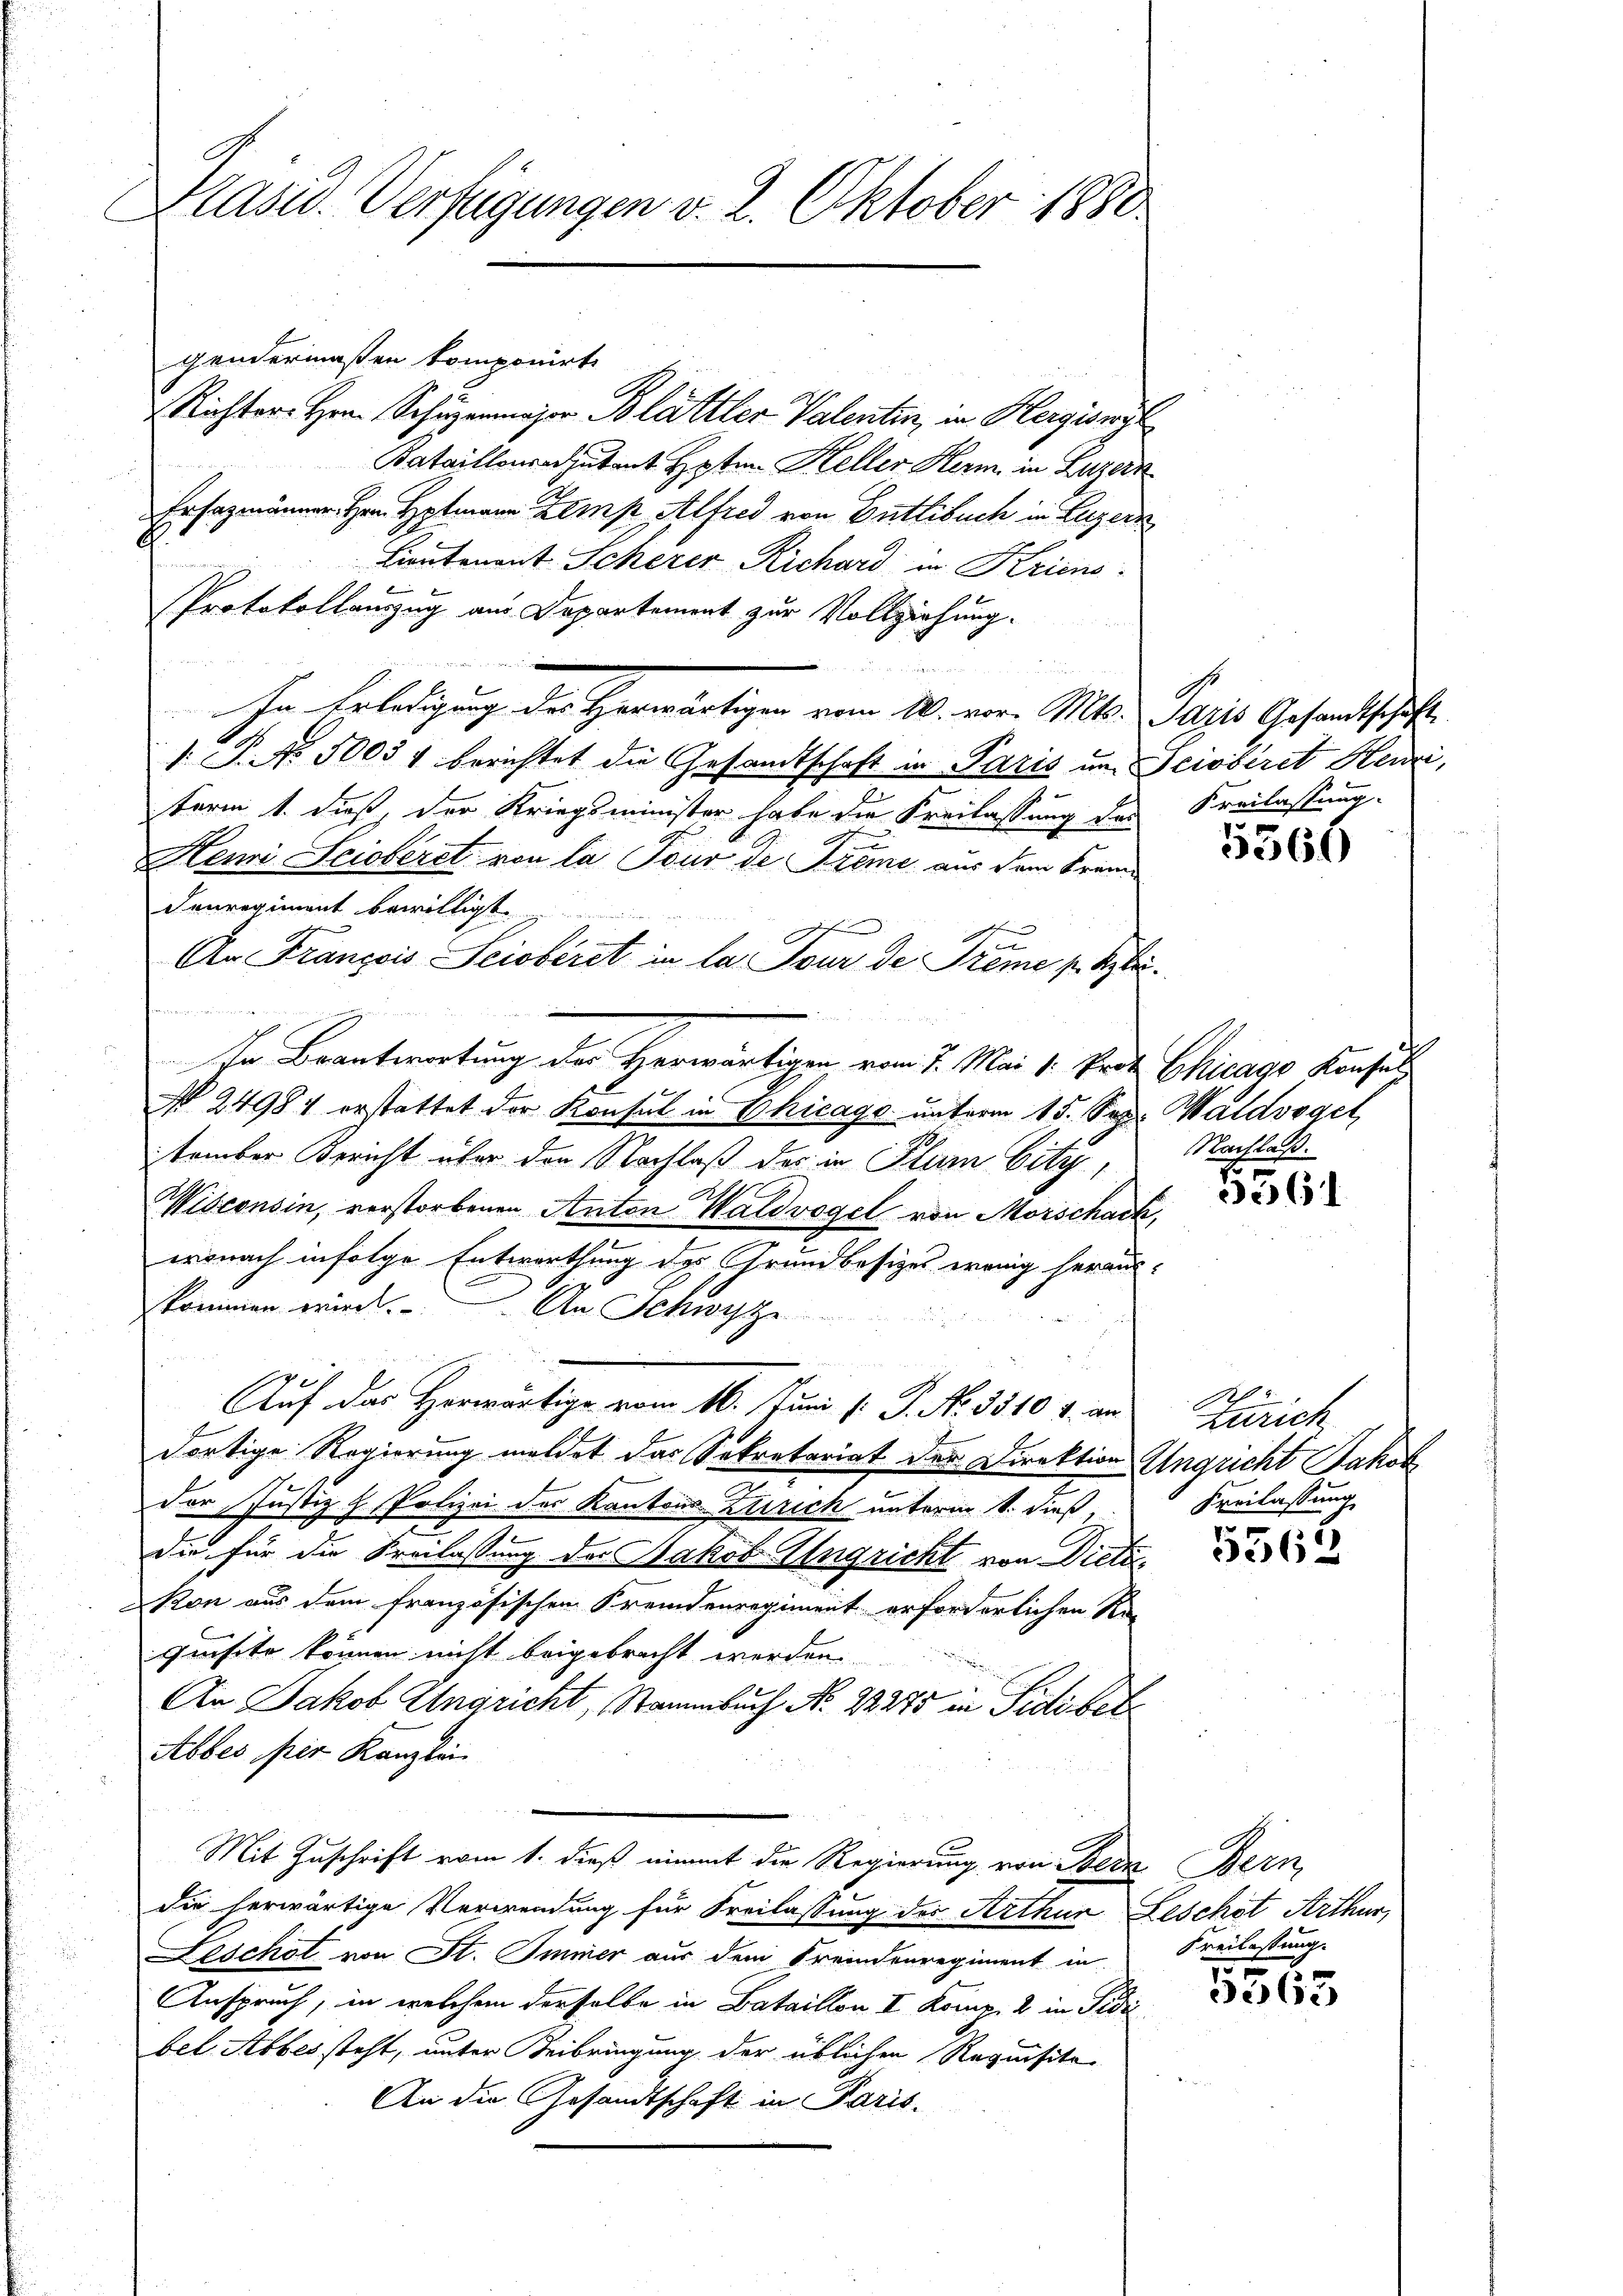
Plasid. Verfügungen v. 2. Oktober 1880

gendermaßen komponirt
Richter Hrn. Schuzamajor Blättler Valentin, in Hergiswyl
Bataillonsadjutant Hpten Heller Herm in Luzern
Ersazmänner Hrn. Hptmann Zemp Alfred von Buttibuch in Luzern
E
r
Liontenant Scherer Richard in Kriens
i
Protokollanzzug aus Departement zur Vollziehung.
In Erledigung der Herwärtigen vom 20. vor. Mts. Paris Gesandtschaft
. P. No. 5000 f berichtet die Gesandtschaft in Paris um Scioberet Henri,
term 1. dieß der Kriegsminister habe die Freilassung des Freilassung.
Henni Scioberet von la Pour de Freme aus dem Kran¬
Fenregiment bewilligt.
e
An François Sciobiret in la Sour de Trême p. Aber
i e sehr
In Beantwortung der Herwärtigen vom 7. Mai 1. Part Chicago Konsul
N 24984 erstattet der Konsul in Chicago unterm 15. Sep. Waldvoget,
tember Bericht über den Nachlaß des in Plan City
Wisconsin, verstorbenen Anton Waldvogel von Morschack,
.
wonach infolge Entwortung der Grundbesizes wenig heraus-
1
skommen wird. An Schwyz
Auf das Horwärtige vom 16. Juni l. J. No. 3510 4. an
dortige Regierung meldet das Sekretariat der Direktion Ungricht Jakob
der Justiz & Polizei des Kantons Zürich unterm 1. dieß, Freilassung
die für die Freilassung des Jakob Angricht von Dieti¬
Kon aus dem französischen Fremdenregiment erforderlichen Ra
quisito können nicht beigebracht werden.
An Jakob Ungricht, Stammbuch No. 22275 in Pidibel
Abbes, per Kanzlin
Mit Zuschrift vom 1. dieß nimmt die Regierung von Bern Bern,
die herwärtige Verwendung für Freilassung der Arthur Leschot Arthur,
Leschot von St. Immer aus dem Freundenregiment in Freilassung.
Anspruch, in welchem derselbe in Bataillon I Komp. 2 in Fidei
bet Abbes steht, unter Beibringung der üblichen Requisita¬
An die Gesandtschaft in Paris.

5566

Nachlaß.

6

.
Zürich

5562

5365